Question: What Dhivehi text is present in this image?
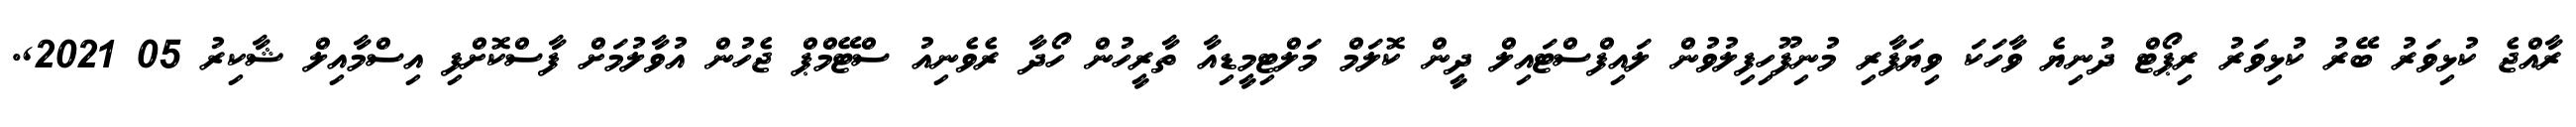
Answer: ރާއްޖެ ކުޅިވަރު ބޭރު ކުޅިވަރު ރިޕޯޓް ދުނިޔެ ވާހަކަ ވިޔަފާރި މުނިފޫހިފިލުވުން ލައިފްސްޓައިލް ދީން ކޮލަމް މަލްޓިމީޑިއާ ތާރީހުން ހޯދާ ރެވެނިއު ސްޓޭމްޕް ޖެހުން އުވާލުމަށް ފާސްކޮށްފި އިސްމާއިލް ޝާކިރު 05 2021,.